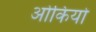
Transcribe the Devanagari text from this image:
ओकियो